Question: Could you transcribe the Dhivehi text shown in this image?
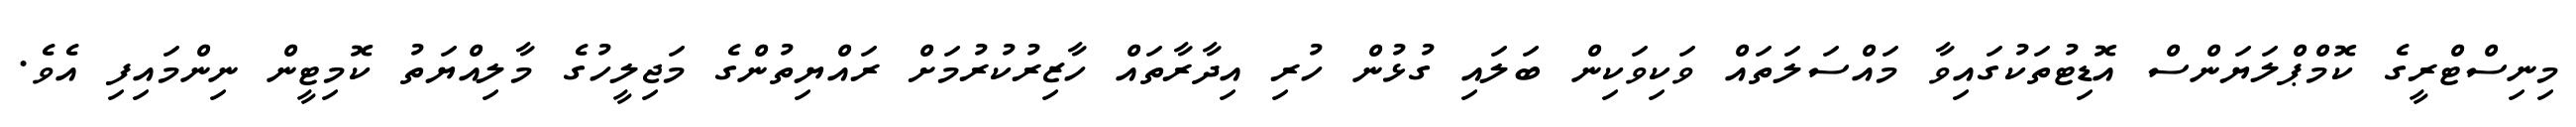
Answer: މިނިސްޓްރީގެ ކޮމްޕްލަޔަންސް އޮޑިޓުތަކުގައިވާ މައްސަލަތައް ވަކިވަކިން ބަލައި ގުޅުން ހުރި އިދާރާތައް ހާޒިރުކުރުމަށް ރައްޔިތުންގެ މަޖިލީހުގެ މާލިއްޔަތު ކޮމިޓީން ނިންމައިފި އެވެ.